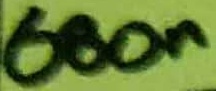
Text: 680n